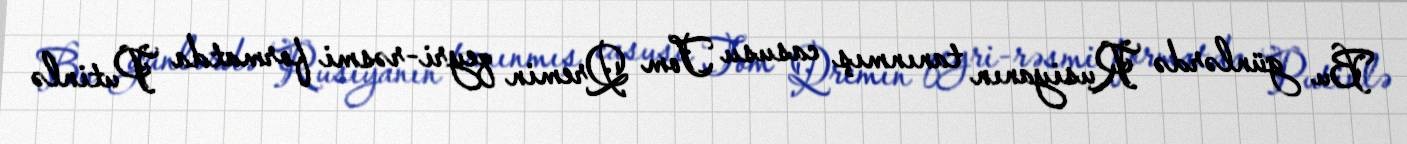
Bu günlərdə Rusiyanın tanınmış casusu Tom Qremin qeyri-rəsmi formatda Putinlə